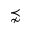
\precnsim